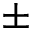
\pm